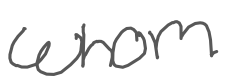
Text: whom
Cross-out: clean
Writing tool: digital_gray